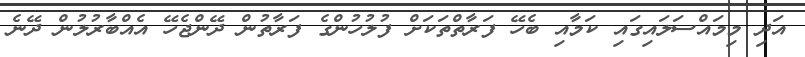
އަދި މިމައްސަލައިގައި ކަމާއި ބެހޭ ފަރާތްތަކަށް ފުލުހުންގެ ފަރާތުން ދޭންޖެހޭ އެއްބާރުލުން ދޭނެ